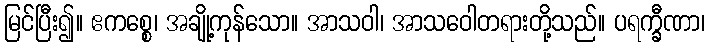
မြင်ပြီး၍။ ဧကစ္စေ၊ အချို့ကုန်သော။ အာသဝါ၊ အာသဝေါတရားတို့သည်။ ပရက္ခီဏာ၊